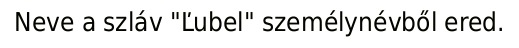
Neve a szláv "Ľubel" személynévből ered.